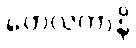
တေလကာနိ